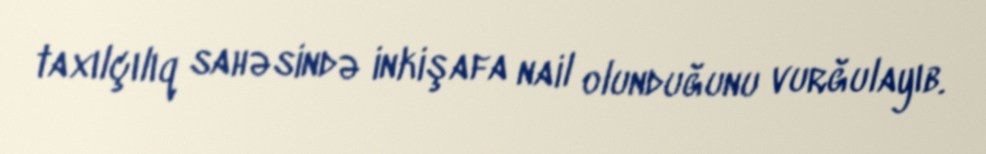
taxılçılıq sahəsində inkişafa nail olunduğunu vurğulayıb.